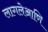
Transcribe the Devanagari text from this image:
लागलेआणि